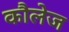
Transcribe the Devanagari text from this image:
कौलेज